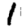
Digit: 1